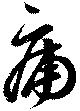
痡